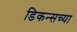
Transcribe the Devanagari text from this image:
डिकन्सच्या